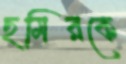
ছমিরকে